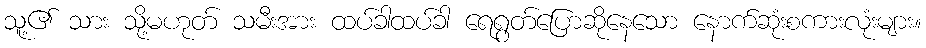
သူ့၏ သား သို့မဟုတ် သမီးအား ထပ်ခါထပ်ခါ ရေရွတ်ပြောဆိုနေသော နောက်ဆုံးစကားလုံးများ။